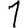
Digit: 1